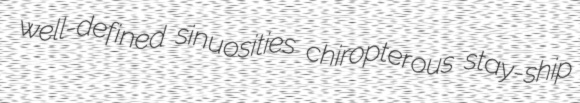
well-defined sinuosities chiropterous stay-ship